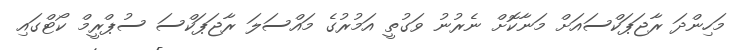
މަހިންދަ ރާޖަޕަކްސައަށް މަނާކޮށް ނެރުނު ވަގުތީ އަމުރުގެ މައްސަލަ ރާޖަޕަކްސަ ސުޕްރީމް ކޯޓްގައި